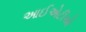
આઈએટીએ